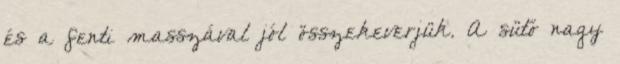
és a fenti masszával jól összekeverjük. A sütő nagy